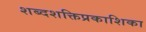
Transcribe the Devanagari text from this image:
शब्दशक्तिप्रकाशिका